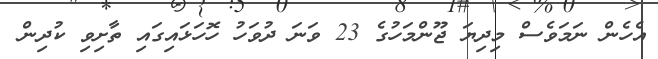
އެހެން ނަމަވެސް މިދިޔަ ޖޫންމަހުގެ 23 ވަނަ ދުވަހު ހޮހަޅައިގައި ތާށިވި ކުދިން